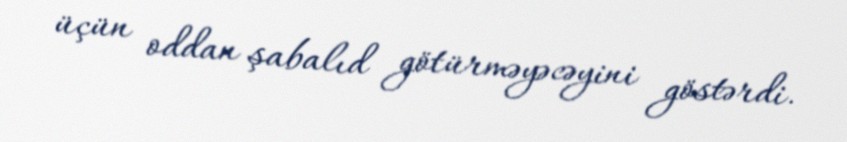
üçün oddan şabalıd götürməyəcəyini göstərdi.